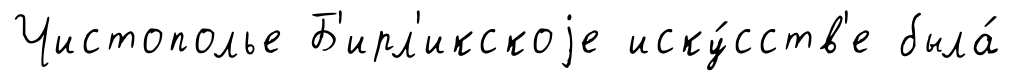
Чистополье Б'ирл'икскоjе иску́сств'е была́